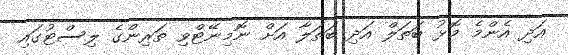
އަދި އެންމެ މޮޅު ބަތަލް އަދި ބަތަލާ އަށް ނޮމިނޭޓްވި ތަރިންގެ ލިސްޓުގައި